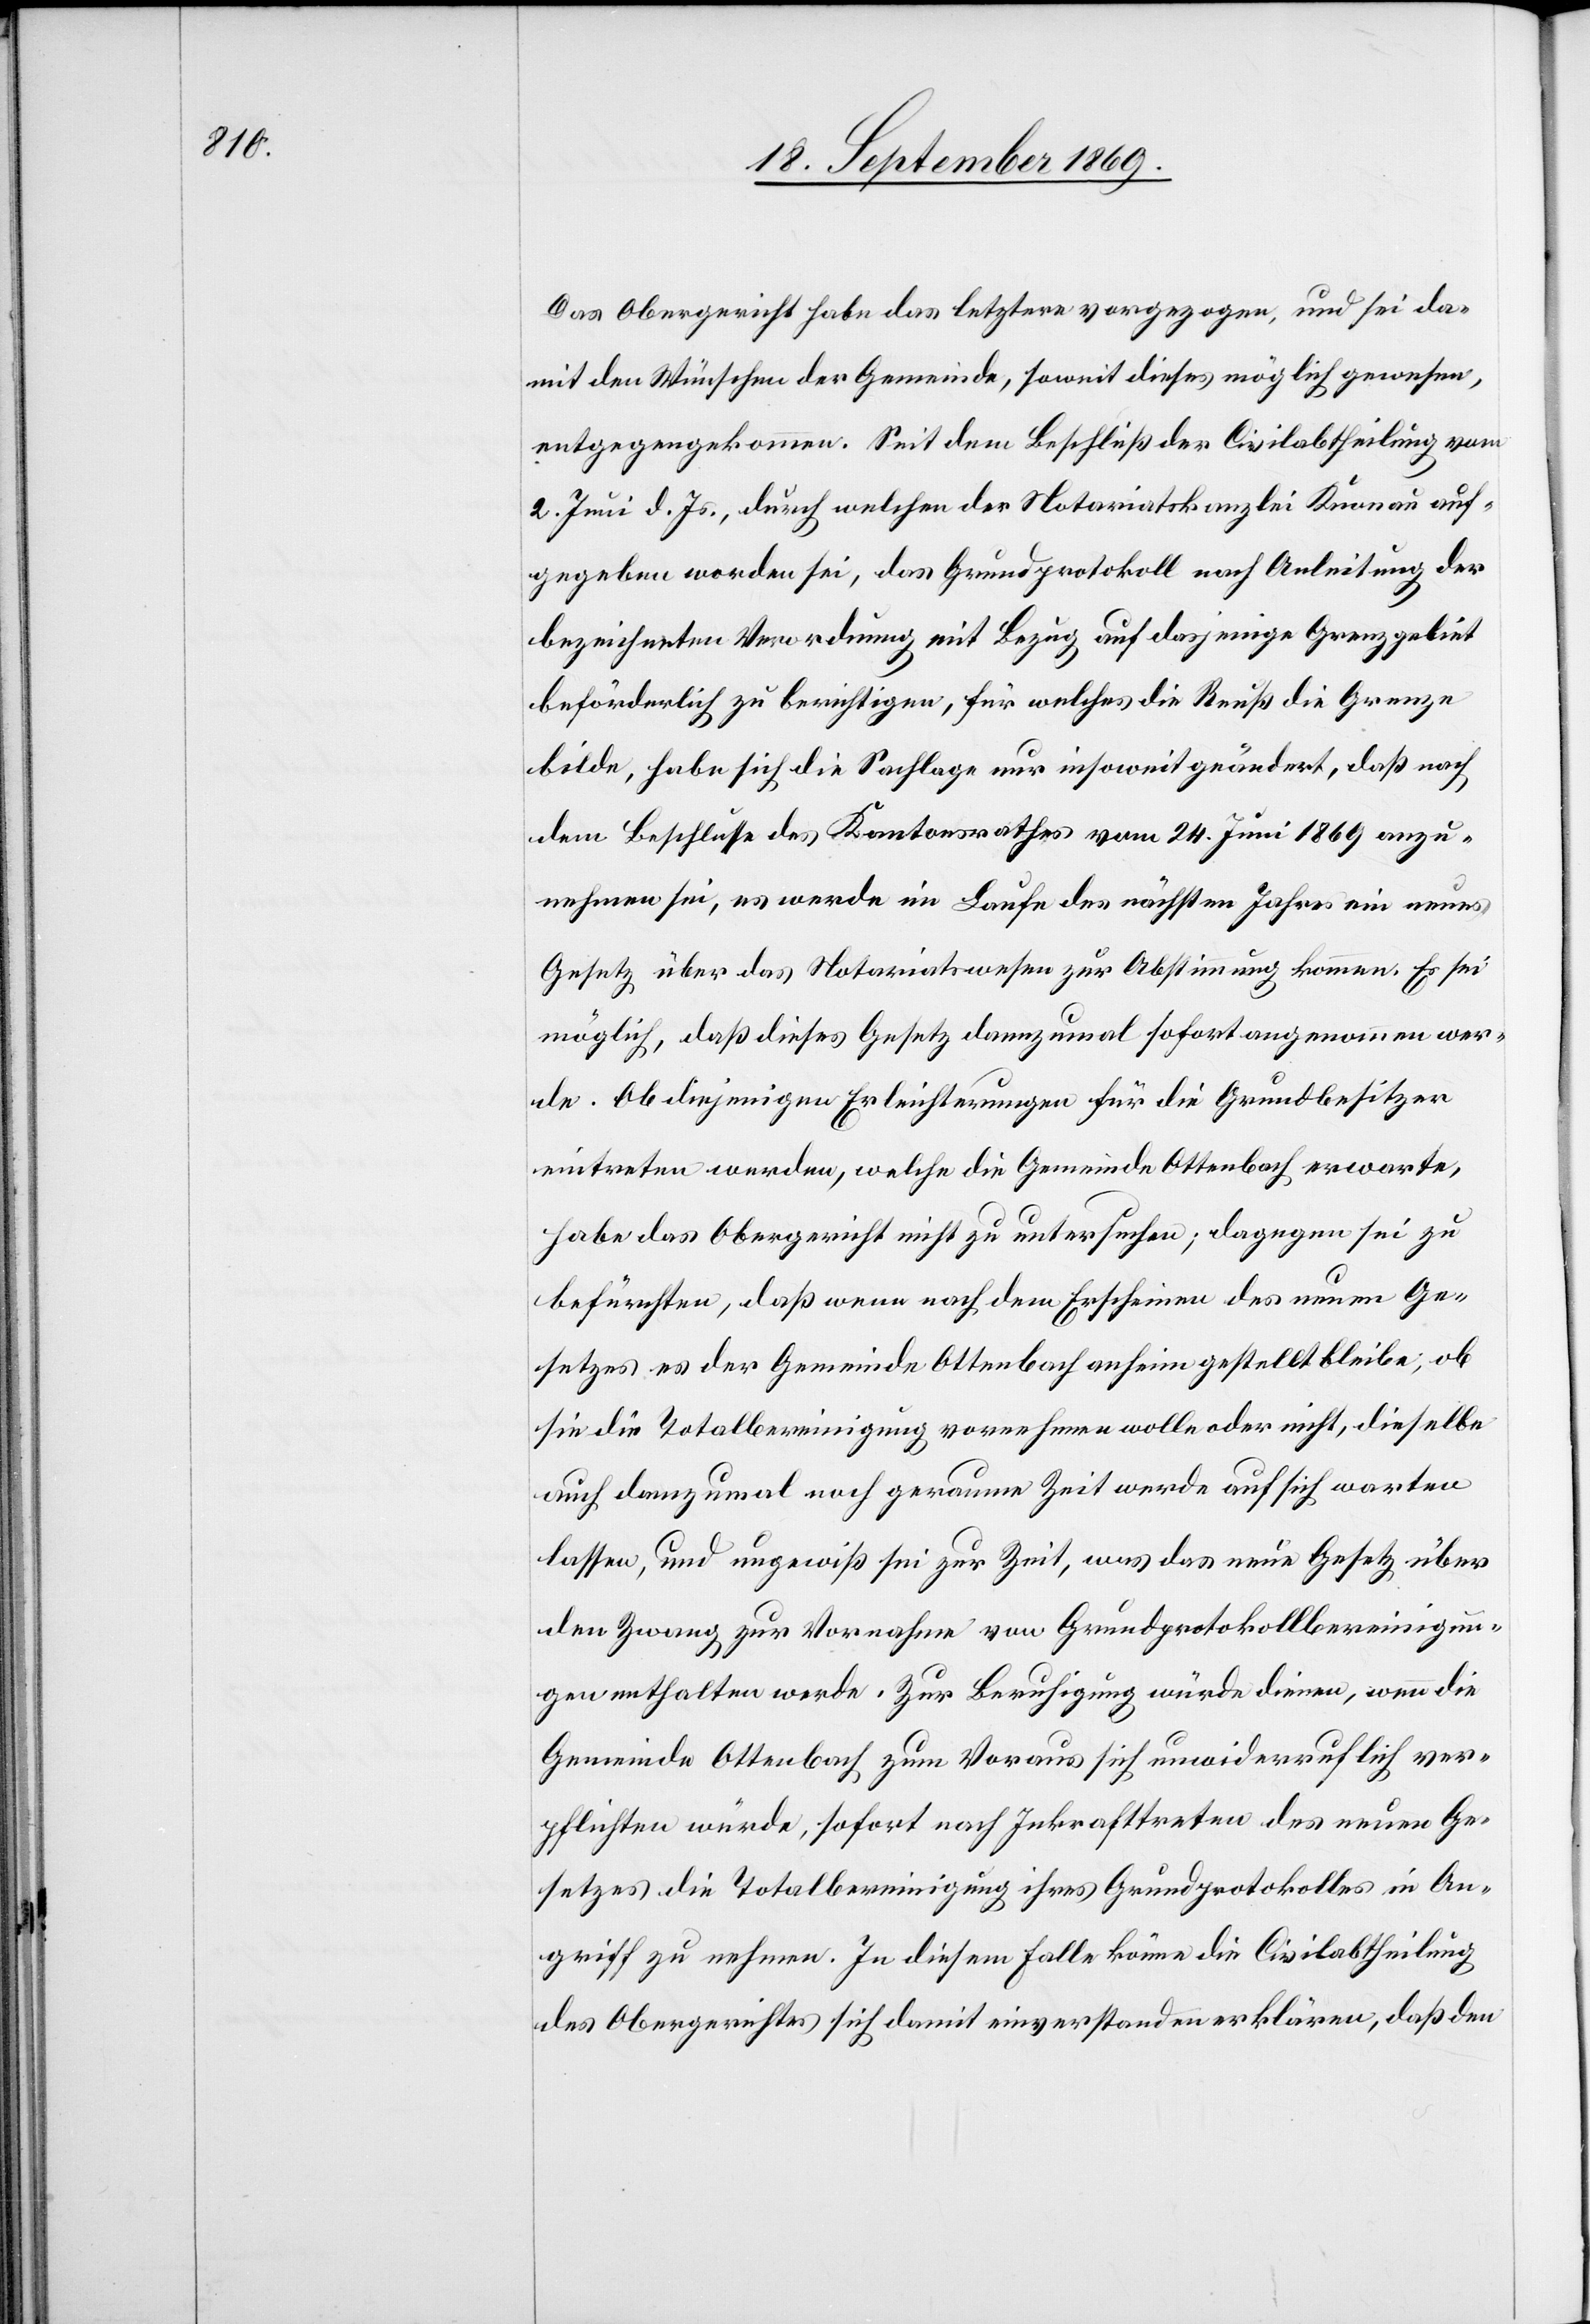
Das Obergericht habe das letztere vorgezogen, und sei da¬
mit den Wünschen der Gemeinde, soweit dieses möglich gewesen,
entgegengekommen. Seit dem Beschluß der Civilabtheilung vom
2. Juni d. Js., durch welchen der Notariatskanzlei Knonau auf¬
gegeben worden sei, das Grundprotokoll nach Anleitung der
bezeichneten Verordnung mit Bezug auf dasjenige Grenzgebiet
beförderlich zu berichtigen, für welches die Reuß die Grenze
bilde, habe sich die Sachlage nur insoweit geändert, daß nach
dem Beschlusse des Kantonsrathes vom 24. Juni 1869 anzu¬
nehmen sei, es werde im Laufe des nächsten Jahres ein neues
Gesetz über das Notariatswesen zur Abstimmung kommen. Es sei
möglich, daß dieses Gesetz dannzumal sofort angenommen wer¬
de. Ob diejenigen Erleichterungen für die Grundbesitzer
eintreten werden, welche die Gemeinde Ottenbach erwarte,
habe das Obergericht nicht zu untersuchen; dagegen sei zu
befürchten, daß wenn nach dem Erscheinen des neuen Ge¬
setzes es der Gemeinde Ottenbach anheim gestellt bleibe, ob
sie die Totalbereinigung vornehmen wolle oder nicht, dieselbe
auch dannzumal noch geraume Zeit werde auf sich warten
lassen, und ungewiß sei zur Zeit, was das neue Gesetz über
den Zwang zur Vornahme von Grundprotokollbereinigun¬
gen enthalten werde. Zur Beruhigung würde dienen, wenn die
Gemeinde Ottenbach zum voraus sich unwiderruflich ver¬
pflichten würde, sofort nach Inkrafttreten des neuen Ge¬
setzes die Totalbereinigung ihres Grundprotokolles in An¬
griff zu nehmen. In diesem Falle könne die Civilabtheilung
des Obergerichtes sich damit einverstanden erklären, daß den